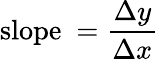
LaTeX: {\mathrm{slope~}}={\frac{\Delta y}{\Delta x}}